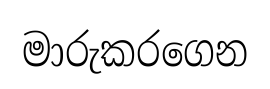
මාරුකරගෙන